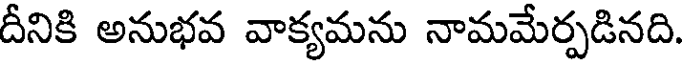
దీనికి అనుభవ వాక్యమను నామమేర్పడినది.